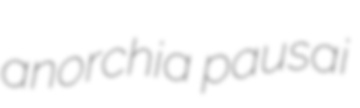
anorchia pausai